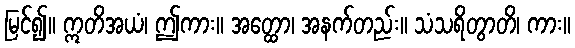
မြင်၍။ ဣတိအယံ၊ ဤကား။ အတ္ထော၊ အနက်တည်း။ သံသရိတွာတိ၊ ကား။